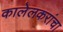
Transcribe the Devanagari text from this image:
कालेलकरांचा